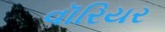
વૉરિયર